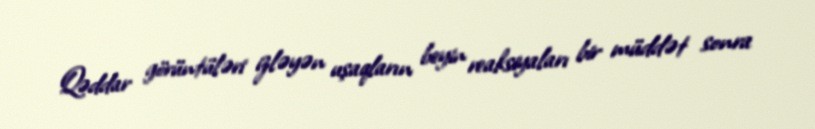
Qəddar görüntüləri izləyən uşaqların beyin reaksiyaları bir müddət sonra